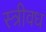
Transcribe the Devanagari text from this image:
स्त्रीवध